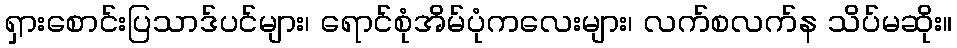
ရှားစောင်းပြသာဒ်ပင်များ၊ ရောင်စုံအိမ်ပုံကလေးများ၊ လက်စလက်န သိပ်မဆိုး။